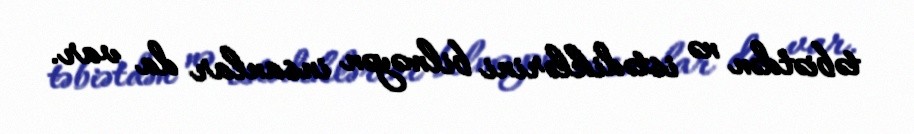
təbiətdən nə istədiklərini bilməyən insanlar da var.